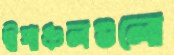
দ্বীপাঞ্চলগুলো